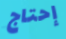
إحتاج